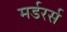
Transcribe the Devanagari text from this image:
मर्डरर्स